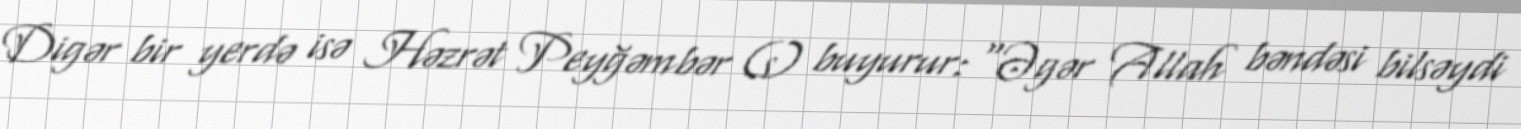
Digər bir yerdə isə Həzrət Peyğəmbər (s) buyurur: “Əgər Allah bəndəsi bilsəydi